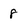
Character: 8